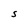
Character: S